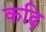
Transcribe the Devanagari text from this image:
कढ़ि